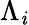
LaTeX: \Lambda_{\mathit{i}}